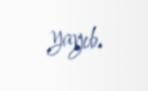
yayıb.